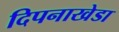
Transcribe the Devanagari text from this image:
दिपनाखेडा